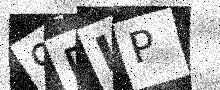
Text: 9RLP